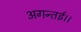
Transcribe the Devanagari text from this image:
अगन्‍तई।।